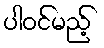
ပါဝင်မည့်